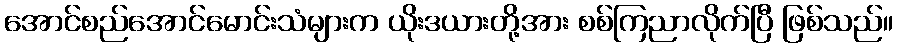
အောင်စည်အောင်မောင်းသံများက ယိုးဒယားတို့အား စစ်ကြညာလိုက်ပြီ ဖြစ်သည်။